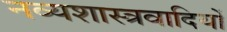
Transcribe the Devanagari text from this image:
नव्यशास्त्रवादियों